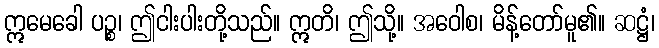
ဣမေခေါ ပဉ္စ၊ ဤငါးပါးတို့သည်။ ဣတိ၊ ဤသို့။ အဝေါစ၊ မိန့်တော်မူ၏။ ဆဋ္ဌံ၊